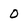
Character: 0